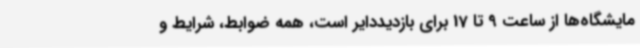
مایشگاه‌ها از ساعت 9 تا 17 برای بازدیددایر است، همه ضوابط، شرایط و